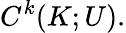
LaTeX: C^{k}(K;U).